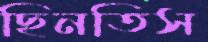
ছিনতিস